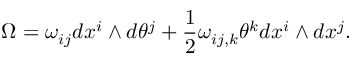
\Omega = \omega _ { i j } d x ^ { i } \wedge d \theta ^ { j } + \frac 1 2 \omega _ { i j , k } \theta ^ { k } d x ^ { i } \wedge d x ^ { j } .